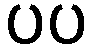
ပပ